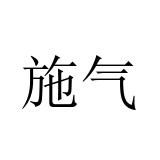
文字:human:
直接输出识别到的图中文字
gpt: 施气